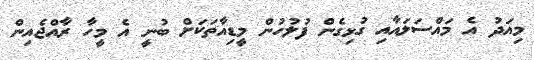
މިއަދު އެ މައްސަލައާއި ގުޅިގެން ފުލުހުން މީޑިއާތަކަށް ބުނީ އެ މީހާ ރާއްޖެއިން